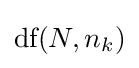
{\textstyle {\text{df}}(N,n_{k})}